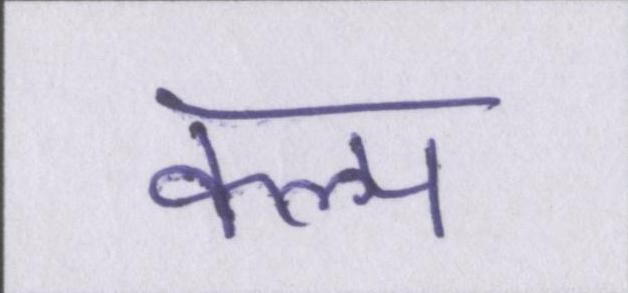
कल्प